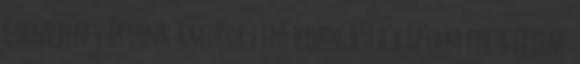
Csendben vártunk amikor cipő kopogásra kaptam fel a fejem.